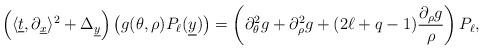
LaTeX: \begin{align*}\left(\langle\underline t,\partial_{\underline x}\rangle^2+\Delta_{\underline y}\right)\big(g(\theta,\rho)P_{\ell}(\underline y)\big)=\left(\partial_{\theta}^2g+\partial_{\rho}^2g+(2\ell+q-1)\frac{\partial_{\rho}g}{\rho}\right)P_{\ell},\end{align*}